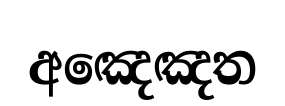
අඤෙඤත